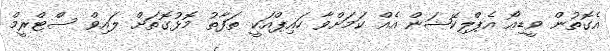
އެގޮތުން ވީޑިއޯ އެޕްލިކޭޝަން އެއް ކަމަށްވާ ހައިޕްއަކީ ތަފާތު މޮޅުގޮތަށް ލައިވް ސްޓްރީމް